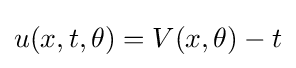
u(x,t,\theta )=V(x,\theta )-t